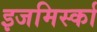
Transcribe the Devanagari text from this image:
इजमिर्स्का